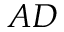
A D